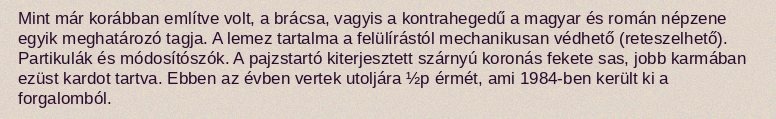
Mint már korábban említve volt, a brácsa, vagyis a kontrahegedű a magyar és román népzene egyik meghatározó tagja. A lemez tartalma a felülírástól mechanikusan védhető (reteszelhető). Partikulák és módosítószók. A pajzstartó kiterjesztett szárnyú koronás fekete sas, jobb karmában ezüst kardot tartva. Ebben az évben vertek utoljára ½p érmét, ami 1984-ben került ki a forgalomból.